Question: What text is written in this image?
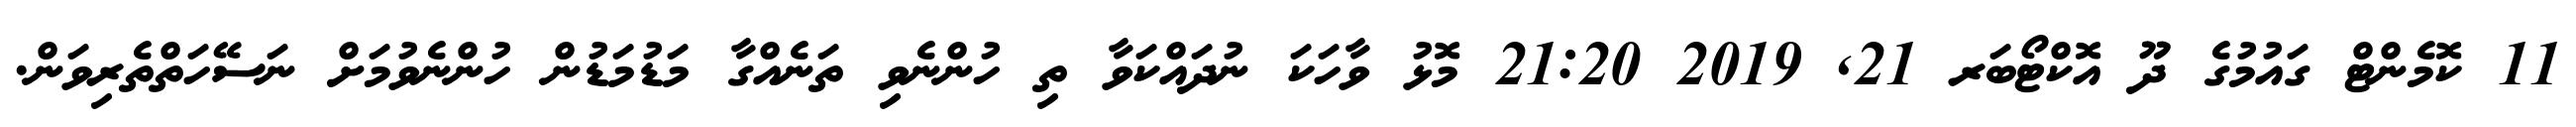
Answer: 11 ކޮމެންޓް ގައުމުގެ ދޫ އޮކްޓޯބަރ 21, 2019 21:20 މޮޅު ވާހަކަ ނުދައްކަވާ ތި ހުންނެވި ތަނެއްގާ މަޑުމަޑުން ހުންނެވުމަށް ނަސޭހަތްތެރިވަން.